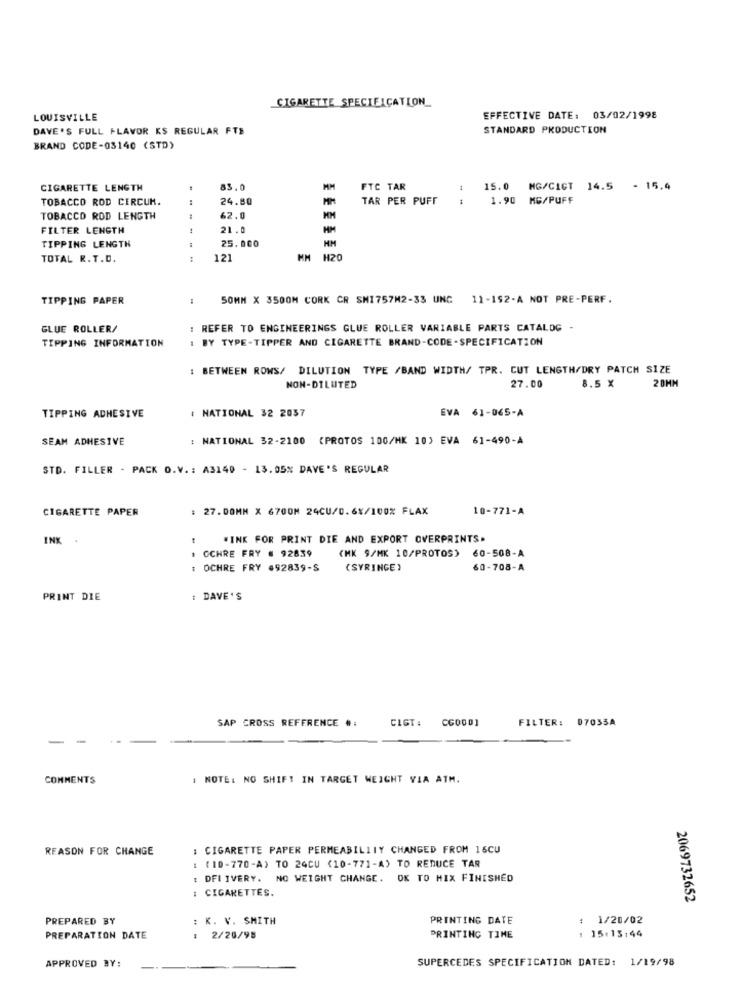
CIGARETTE SPECIFICATION_
LOUISVILLE
EFFECTIVE DATE: 03/02/1998
DAVE'S FULL FLAVOR KS REGULAR FTE
STANDARD PRODUCTION
BRAND CODE-03140 (STD)
CIGARETTE LENGTH
83.0
MM
FTC TAR
15.0 MG/CICT 14.5 - 15.4
TOBACCO ROD CIRCUM.
24.80
TAR PER PUFF
1.90 MG/PUFF
TOBACCO ROD LENGTH
62.0
FILTER LENGTH
21.0
TIPPING LENGTH
25.000
HM
TOTAL R.T.D.
121
MM H20
TIPPING PAPER
50MM X 3500M CORK CR SHI757M2-33 UNG 11-152-A NOT PRE-PERF.
GLUE ROLLER/
: REFER TO ENGINEERINGS GLUE ROLLER VARIABLE PARTS CATALOG -
TIPPING INFORMATION
1 BY TYPE-TIPPER AND CIGARETTE BRAND-CODE-SPECIFICATION
: BETWEEN ROWS/ DILUTION TYPE /BAND WIDTH/ TPR. CUT LENGTH/DRY PATCH SIZE
27.00
8.5 X
NON-DILUTED
2 0MM
: NATIONAL 32 2037
EVA 61-065-A
TIPPING ADHESIVE
SEAM ADHESIVE
: NATIONAL 32-2100 (PROTOS 100/MK 10) EVA 61-490-A
STD. FILLER - PACK O.V .: A3140 - 13.05% DAVE'S REGULAR
CIGARETTE PAPER
: 27.00MM X 6700M 24CU/0.6%/100% FLAX
10-771-A
INK
WINK FOR PRINT DIE AND EXPORT OVERPRINTS.
1 OCHRE FRY # 92839
(MK 9/MK 10/PROTOS) 60-508-A
: OCHRE FRY #92839-S
(SYRINGE )
60-708-A
PRINT DIE
: DAVE'S
CIGT:
CC0001
FILTER: 07035A
SAP CROSS REFERENCE #:
-
COMMENTS
. NOTE: NO SHIFT IN TARGET WEIGHT VIA ATM.
REASON FOR CHANGE
CIGARETTE PAPER PERMEABILITY CHANGED FROM 16CU
: (10-770-A) TO 24CU (10-771-A) TO REDUCE TAR
: DFL IVERY. NO WEIGHT CHANGE. OK TO MIX FINISHED
: CIGARETTES.
2069732652
PREPARED BY
: K. V. SMITH
PRINTING DATE
: 1/20/02
PREPARATION DATE
: 2/20/98
PRINTING TIME
1 15.15:44
SUPERCEDES SPECIFICATION DATED: 1/19/98
APPROVED BY: